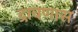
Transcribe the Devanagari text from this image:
द्रावणास